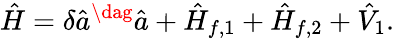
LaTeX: \hat{H}=\delta\hat{a}^{\dag}\hat{a}+\hat{H}_{f,1}+\hat{H}_{f,2}+\hat{V}_{1}.